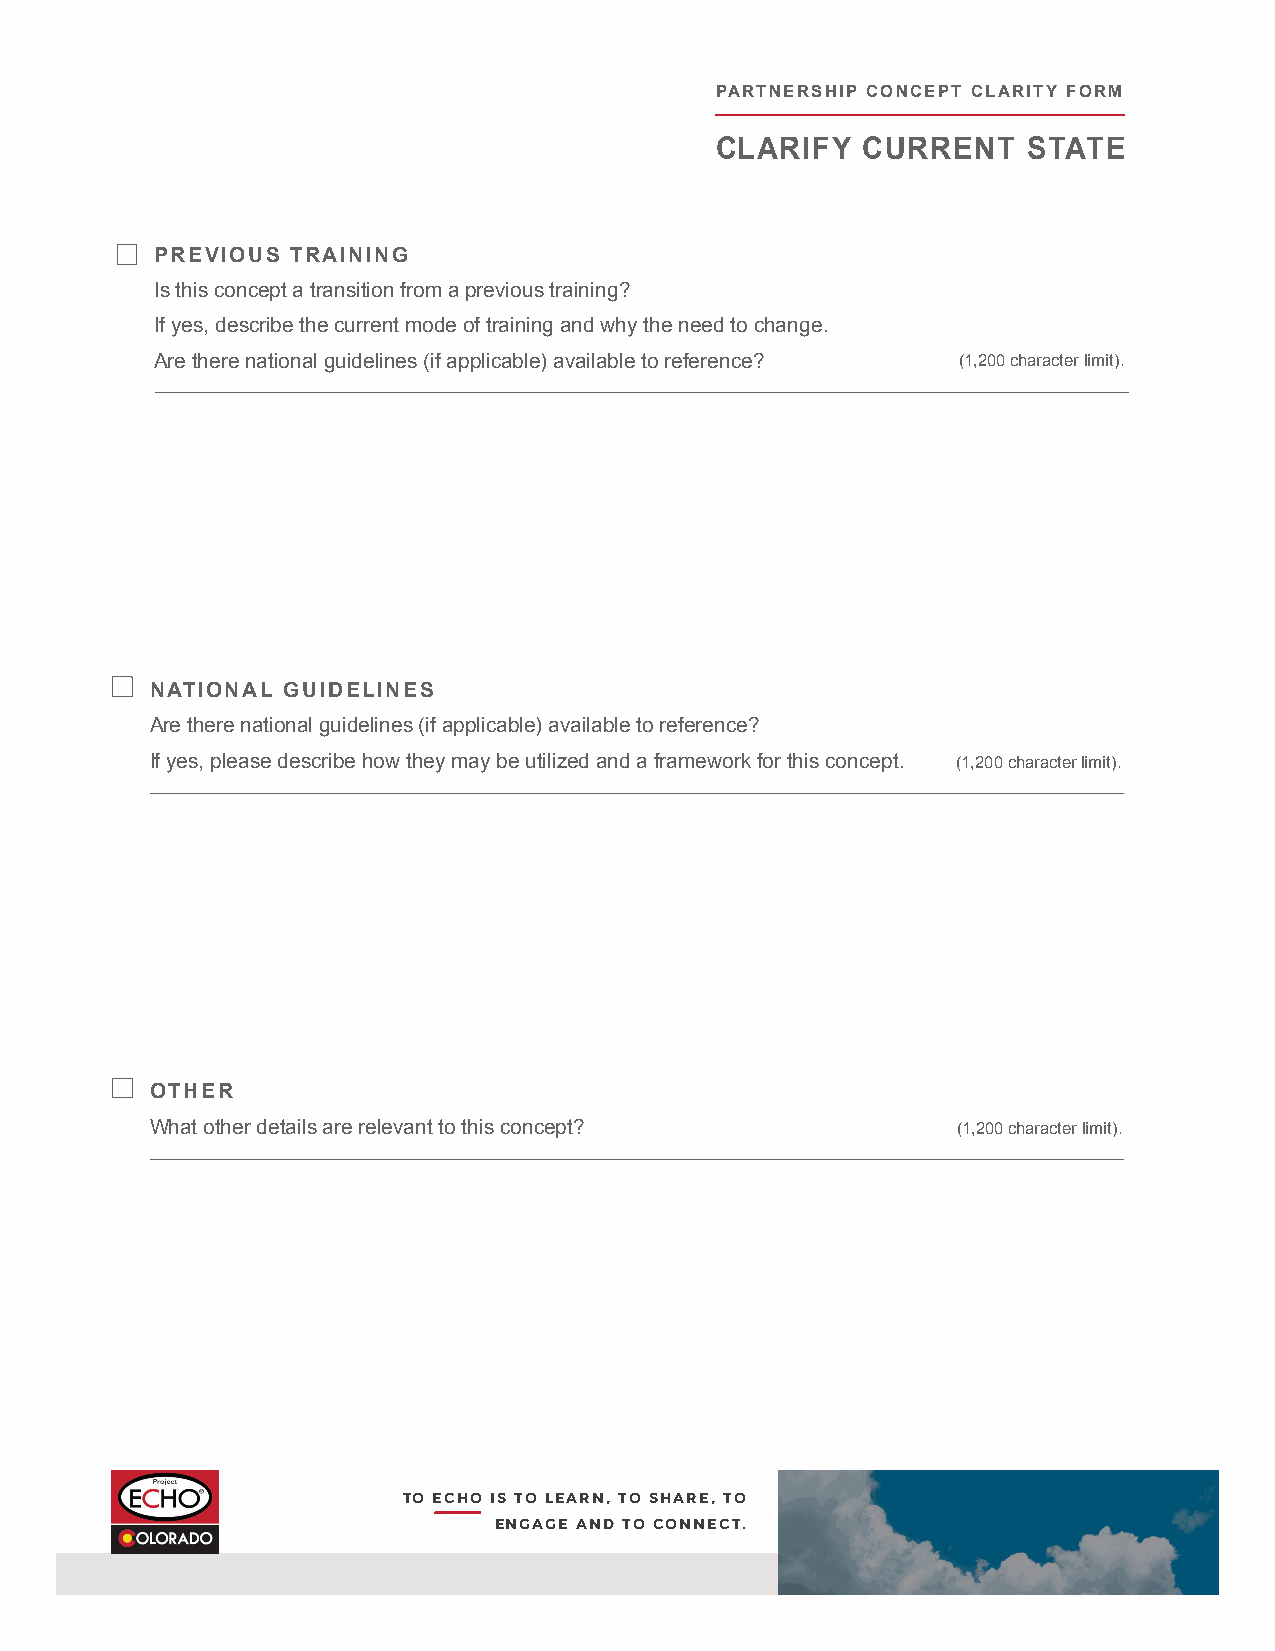
PARTNERSHIP CONCEPT CLARITY FORM
 CLARIFY   CURRENT    STATE
 PREVIOUS TRAINING
 Is this concept a transition from a previous training?
 If yes, describe the current mode of training and why the need to change.
 Are there national guidelines (if applicable) available to reference? (1,200 character limit).
 NATIONAL GUIDELINES
 Are there national guidelines (if applicable) available to reference?
 If yes, please describe how they may be utilized and a framework for this concept. (1,200 character limit).
 OTHER
 What other details are relevant to this concept?     (1,200 character limit).
 TO ECHO IS TO LEARN, TO SHARE, TO
 ENGAGE AND TO CONNECT.